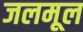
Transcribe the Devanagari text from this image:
जलमूल